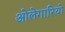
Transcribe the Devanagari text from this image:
ओलेगारियो